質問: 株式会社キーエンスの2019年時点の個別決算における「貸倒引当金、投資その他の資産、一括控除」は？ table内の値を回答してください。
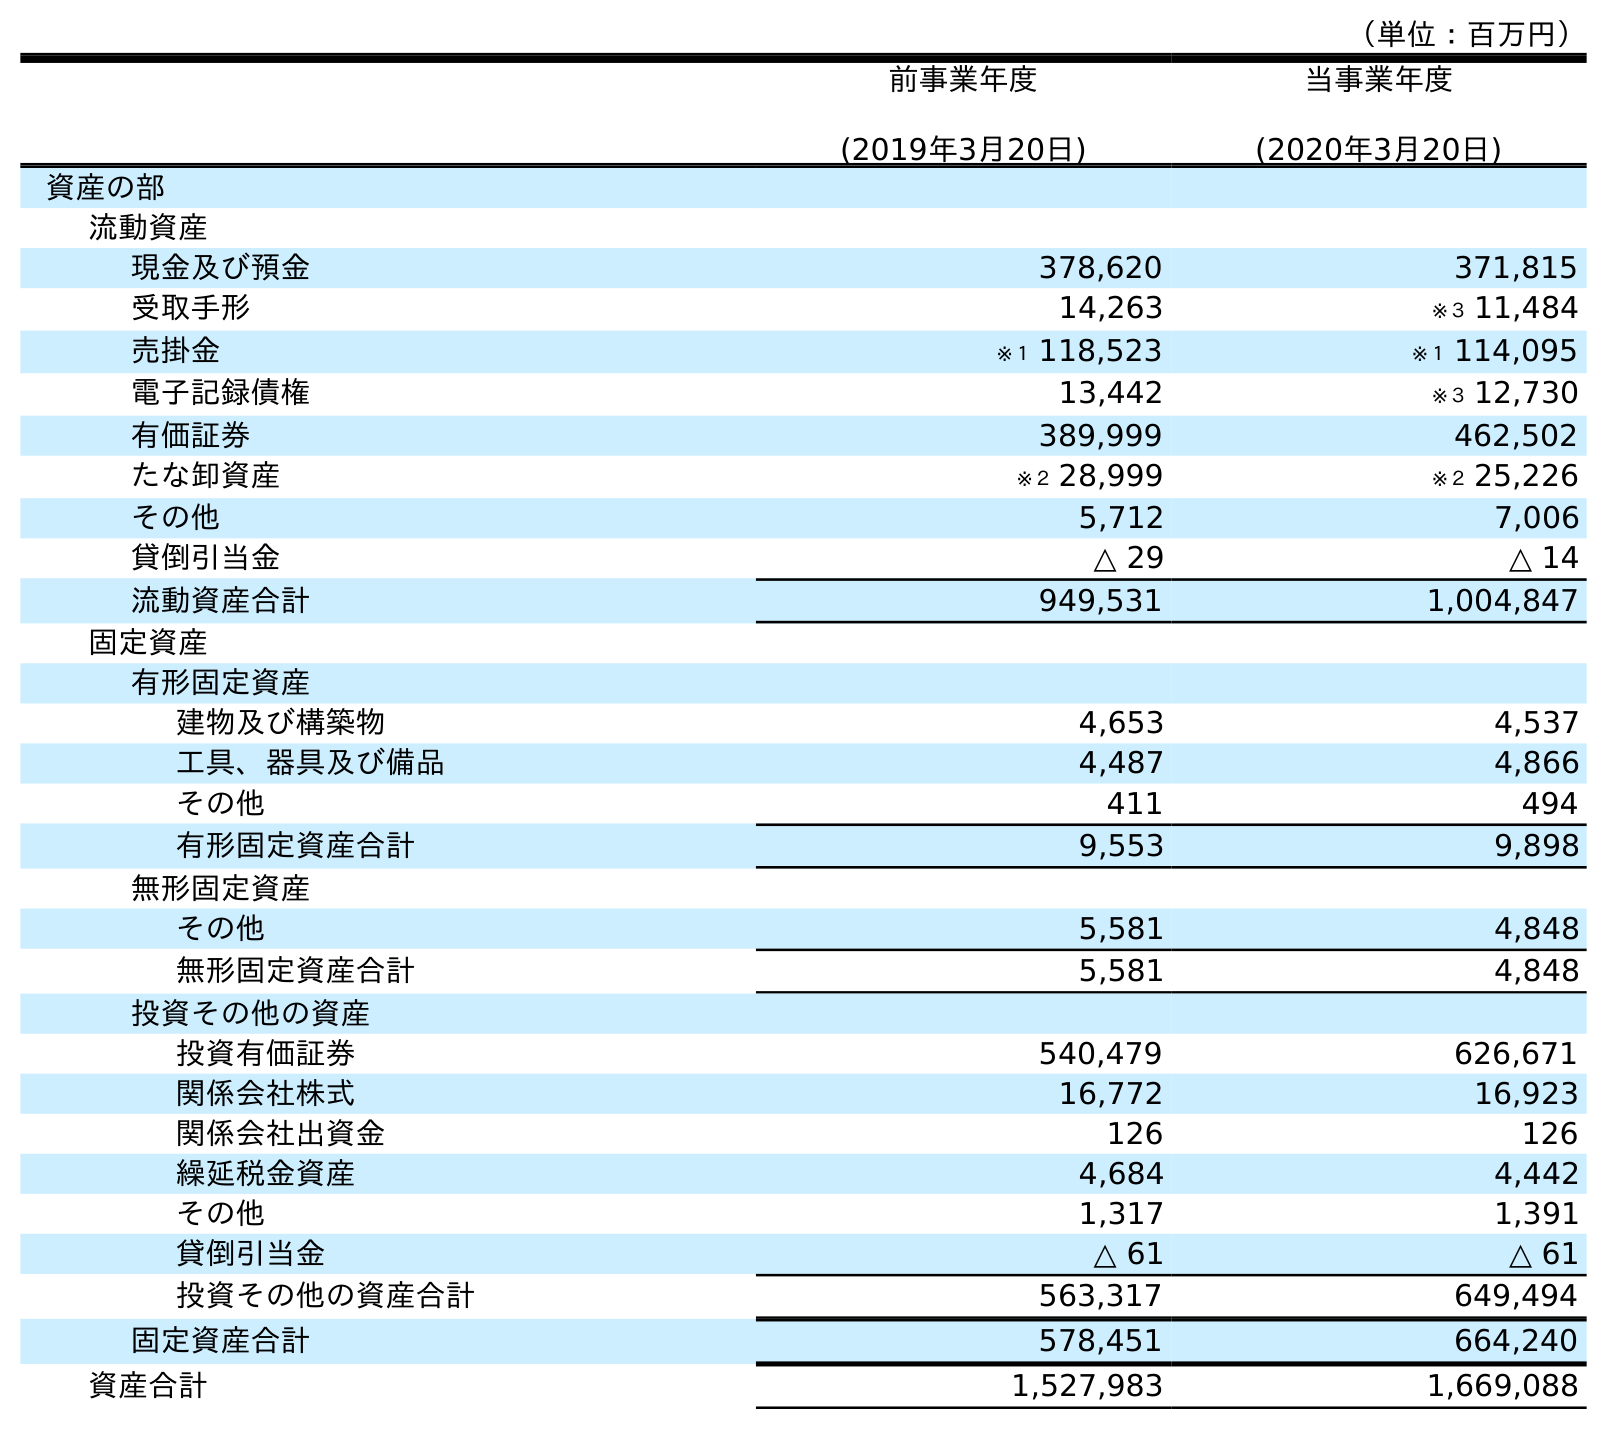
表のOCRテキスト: （単位：百万円） 前事業年度 (2019年3月20日) 当事業年度 (2020年3月20日) 資産の部 流動資産 現金及び預金 378,620 371,815 受取手形 14,263 ※３ 11,484 売掛金 ※１ 118,523 ※１ 114,095 電子記録債権 13,442 ※３ 12,730 有価証券 389,999 462,502 たな卸資産 ※２ 28,999 ※２ 25,226 その他 5,712 7,006 貸倒引当金 △ 29 △ 14 流動資産合計 949,531 1,004,847 固定資産 有形固定資産 建物及び構築物 4,653 4,537 工具、器具及び備品 4,487 4,866 その他 411 494 有形固定資産合計 9,553 9,898 無形固定資産 その他 5,581 4,848 無形固定資産合計 5,581 4,848 投資その他の資産 投資有価証券 540,479 626,671 関係会社株式 16,772 16,923 関係会社出資金 126 126 繰延税金資産 4,684 4,442 その他 1,317 1,391 貸倒引当金 △ 61 △ 61 投資その他の資産合計 563,317 649,494 固定資産合計 578,451 664,240 資産合計 1,527,983 1,669,088
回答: △61